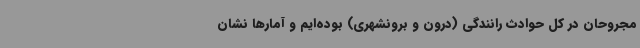
مجروحان در کل حوادث رانندگی (درون و برونشهری) بوده‌ایم و آمارها نشان